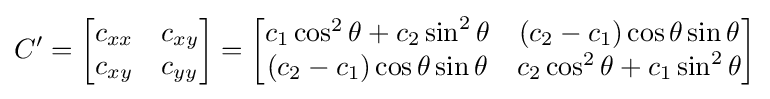
C'={\begin{bmatrix}c_{xx}&c_{xy}\\c_{xy}&c_{yy}\end{bmatrix}}={\begin{bmatrix}c_{1}\cos ^{2}\theta +c_{2}\sin ^{2}\theta &(c_{2}-c_{1})\cos \theta \sin \theta \\(c_{2}-c_{1})\cos \theta \sin \theta &c_{2}\cos ^{2}\theta +c_{1}\sin ^{2}\theta \end{bmatrix}}